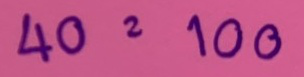
40 = 100